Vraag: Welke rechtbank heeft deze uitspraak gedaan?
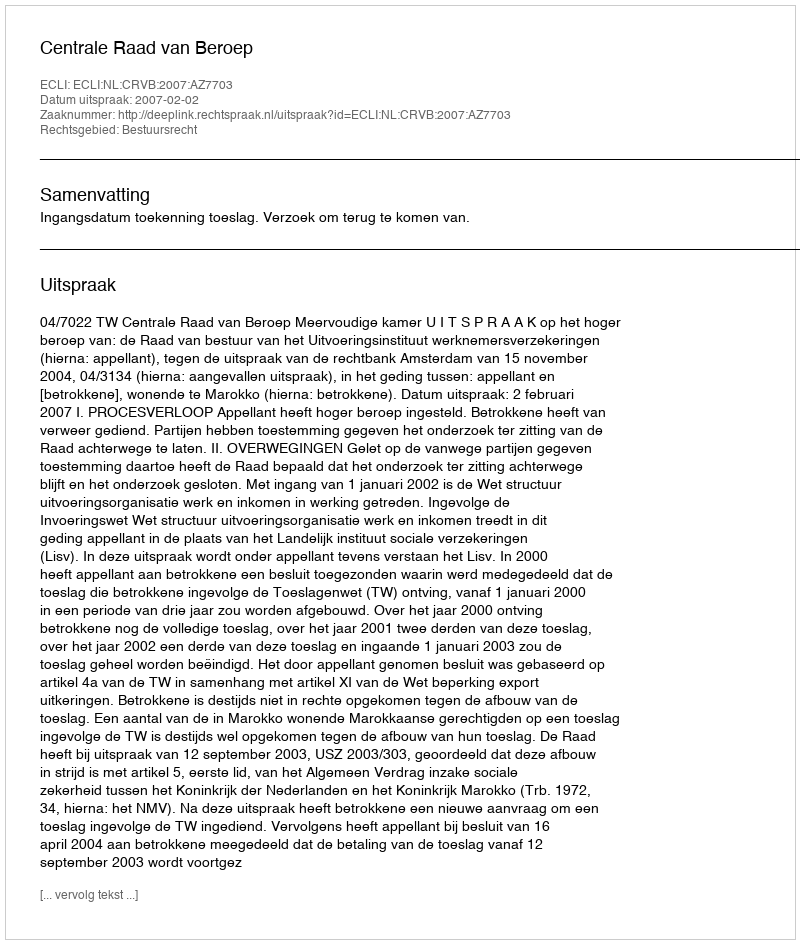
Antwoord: Centrale Raad van Beroep